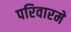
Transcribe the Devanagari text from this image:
परिवारमे